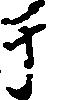
于